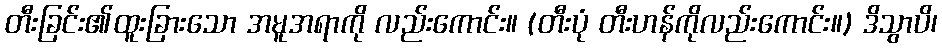
တီးခြင်း၏ထူးခြားသော အမူအရာကို လည်းကောင်း။ (တီးပုံ တီးဟန်ကိုလည်းကောင်း။) ဒိသွာပိ၊